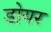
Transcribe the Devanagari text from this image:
डोयर